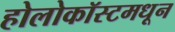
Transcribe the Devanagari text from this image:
होलोकॉस्टमधून